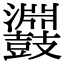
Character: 鼝